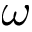
\omega